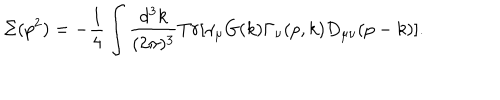
\Sigma ( p ^ { 2 } ) = - \frac { 1 } { 4 } \int \frac { d ^ { 3 } k } { ( 2 \pi ) ^ { 3 } } T r \lbrack \gamma _ { \mu } G ( k ) \Gamma _ { \nu } ( p , k ) D _ { \mu \nu } ( p - k ) \rbrack .